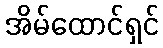
အိမ်ထောင်ရှင်